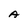
Character: A